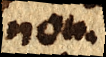
non